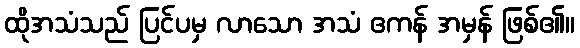
ထိုအသံသည် ပြင်ပမှ လာသော အသံ ဧကန် အမှန် ဖြစ်၏။